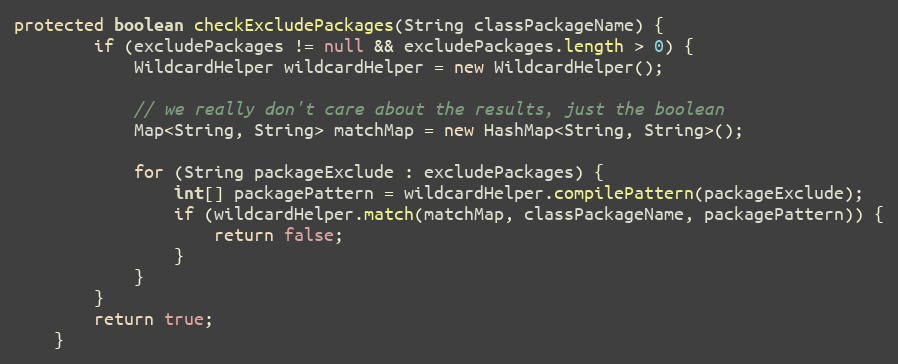
Language: Java
protected boolean checkExcludePackages(String classPackageName) {
		if (excludePackages != null && excludePackages.length > 0) {
			WildcardHelper wildcardHelper = new WildcardHelper();

			// we really don't care about the results, just the boolean
			Map<String, String> matchMap = new HashMap<String, String>();

			for (String packageExclude : excludePackages) {
				int[] packagePattern = wildcardHelper.compilePattern(packageExclude);
				if (wildcardHelper.match(matchMap, classPackageName, packagePattern)) {
					return false;
				}
			}
		}
		return true;
	}